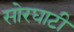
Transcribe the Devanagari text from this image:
सोरघाटी